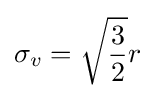
\sigma _{v}={\sqrt {\frac {3}{2}}}r